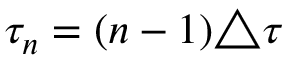
\tau _ { n } = ( n - 1 ) \triangle \tau